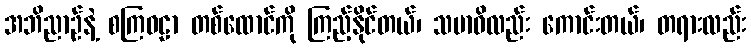
အဘိညာဉ်နဲ့ စကြဝဠာ တစ်ထောင်ကို ကြည့်နိုင်တယ်၊ သမာဓိလည်း ကောင်းတယ်၊ တရားလည်း